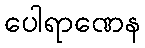
ပေါရာဏေန